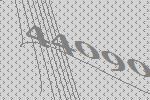
44090